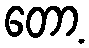
တော့